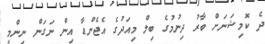
ދެ ކޮމިޝަނަށް ބާރު ދިނުމުގެ ބިލް މިއަދުގެ އެޖެންޑާ އިން ނަގަން ނިންމީ